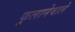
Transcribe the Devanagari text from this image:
फुलानेवाले